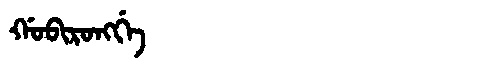
Manchu: ᡤᠣᠪᡳᡵᠣᠩᡤᡝ
Romanization: GOBIRONGGE